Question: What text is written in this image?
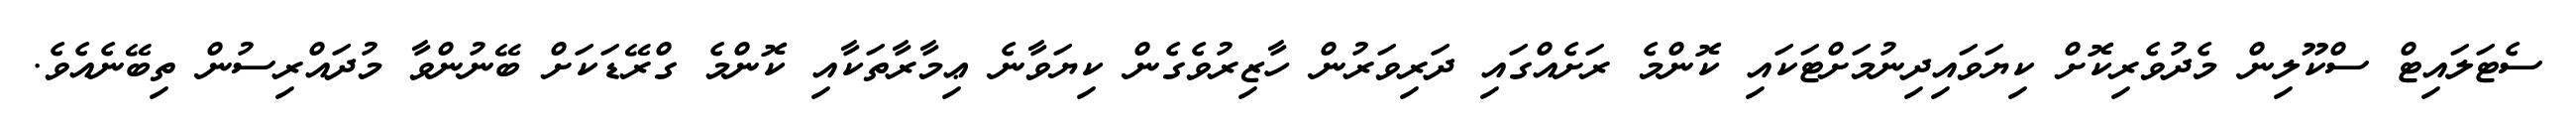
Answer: ސެޓަލައިޓް ސްކޫލިން މެދުވެރިކޮށް ކިޔަވައިދިނުމަށްޓަކައި ކޮންމެ ރަށެއްގައި ދަރިވަރުން ހާޒިރުވެގެން ކިޔަވާނެ ޢިމާރާތަކާއި ކޮންމެ ގްރޭޑަކަށް ބޭނުންވާ މުދައްރިސުން ތިބޭނެއެވެ.